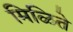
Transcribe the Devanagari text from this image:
मिळिते